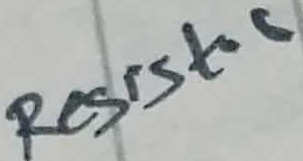
Text: Resistor